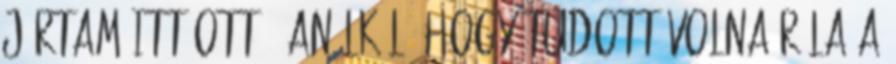
jártam itt-ott - anélkül, hogy tudott volna róla a